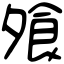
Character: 飧